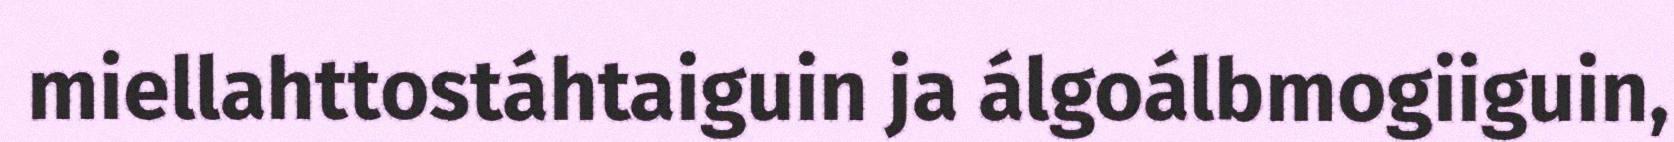
miellahttostáhtaiguin ja álgoálbmogiiguin,